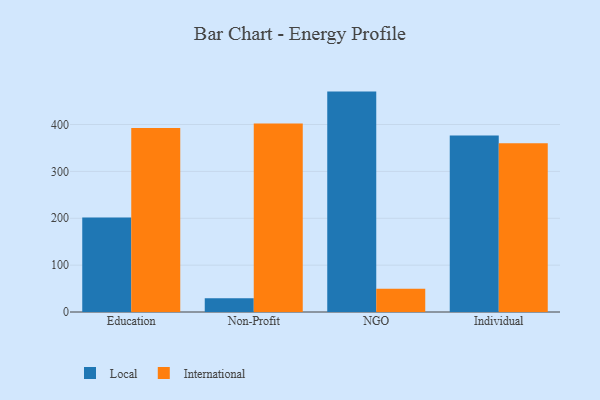
{"axis": {"x": "Segment", "y": "Waste Production (Tons)"}, "legend": ["International", "Local"], "data": [{"x": "Education", "y": 201.6, "type": "Local"}, {"x": "Education", "y": 392.5, "type": "International"}, {"x": "Non-Profit", "y": 29.3, "type": "Local"}, {"x": "Non-Profit", "y": 401.9, "type": "International"}, {"x": "NGO", "y": 470.2, "type": "Local"}, {"x": "NGO", "y": 49.6, "type": "International"}, {"x": "Individual", "y": 376.5, "type": "Local"}, {"x": "Individual", "y": 360.1, "type": "International"}]}